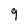
Character: q